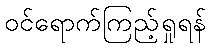
ဝင်ရောက်ကြည့်ရှုရန်